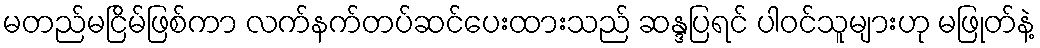
မတည်မငြိမ်ဖြစ်ကာ လက်နက်တပ်ဆင်ပေးထားသည် ဆန္ဒပြရင် ပါဝင်သူများဟု မဖြုတ်နဲ့